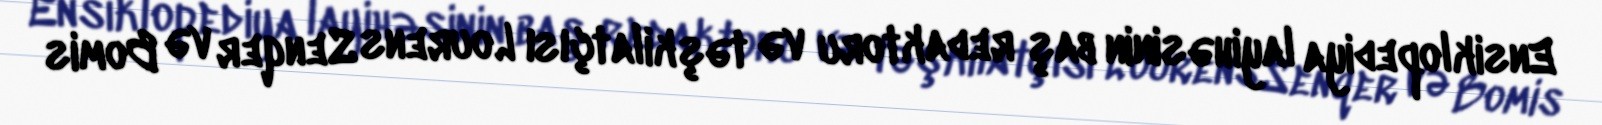
Ensiklopediya layihəsinin baş redaktoru və təşkilatçısı Lourens Senqer və Bomis